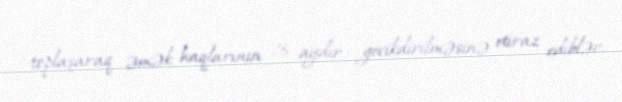
toplaşaraq əmək haqlarının 3 aydır gecikdirilməsinə etiraz ediblər.